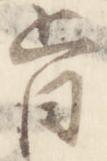
旨